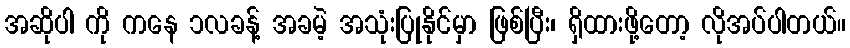
အဆိုပါ ကို ကနေ ၁လခန့် အခမဲ့ အသုံးပြုနိုင်မှာ ဖြစ်ပြီး၊ ရှိထားဖို့တော့ လိုအပ်ပါတယ်။